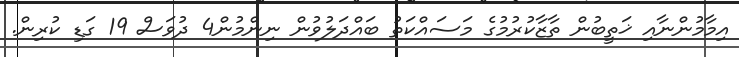
އިމާމުންނާއި ޚަތީބުން ތާޒާކުރުމުގެ މަސައްކަތު ބައްދަލުވުން ނިންމުން4 ދުވަސް 19 ގަޑި ކުރިން.